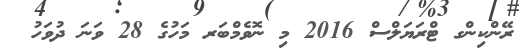
ރޭންކިންގ ޓްރަޔަލްސް 2016 މި ނޮވެމްބަރ މަހުގެ 28 ވަނަ ދުވަހު